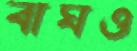
বাঘও